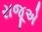
રાજૂએ